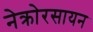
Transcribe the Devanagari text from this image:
नेक्रोरसायन